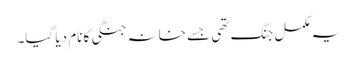
یہ مکمل جنگ تھی جسے خانہ جنگی کا نام دیا گیا۔